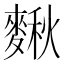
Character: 𪍗